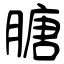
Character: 膅